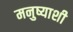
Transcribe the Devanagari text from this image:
मनुष्याशी